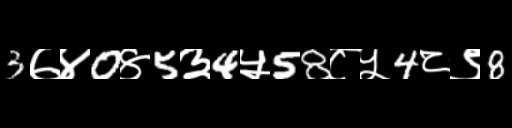
Text: 3७४0४5३4५58८५4८९8